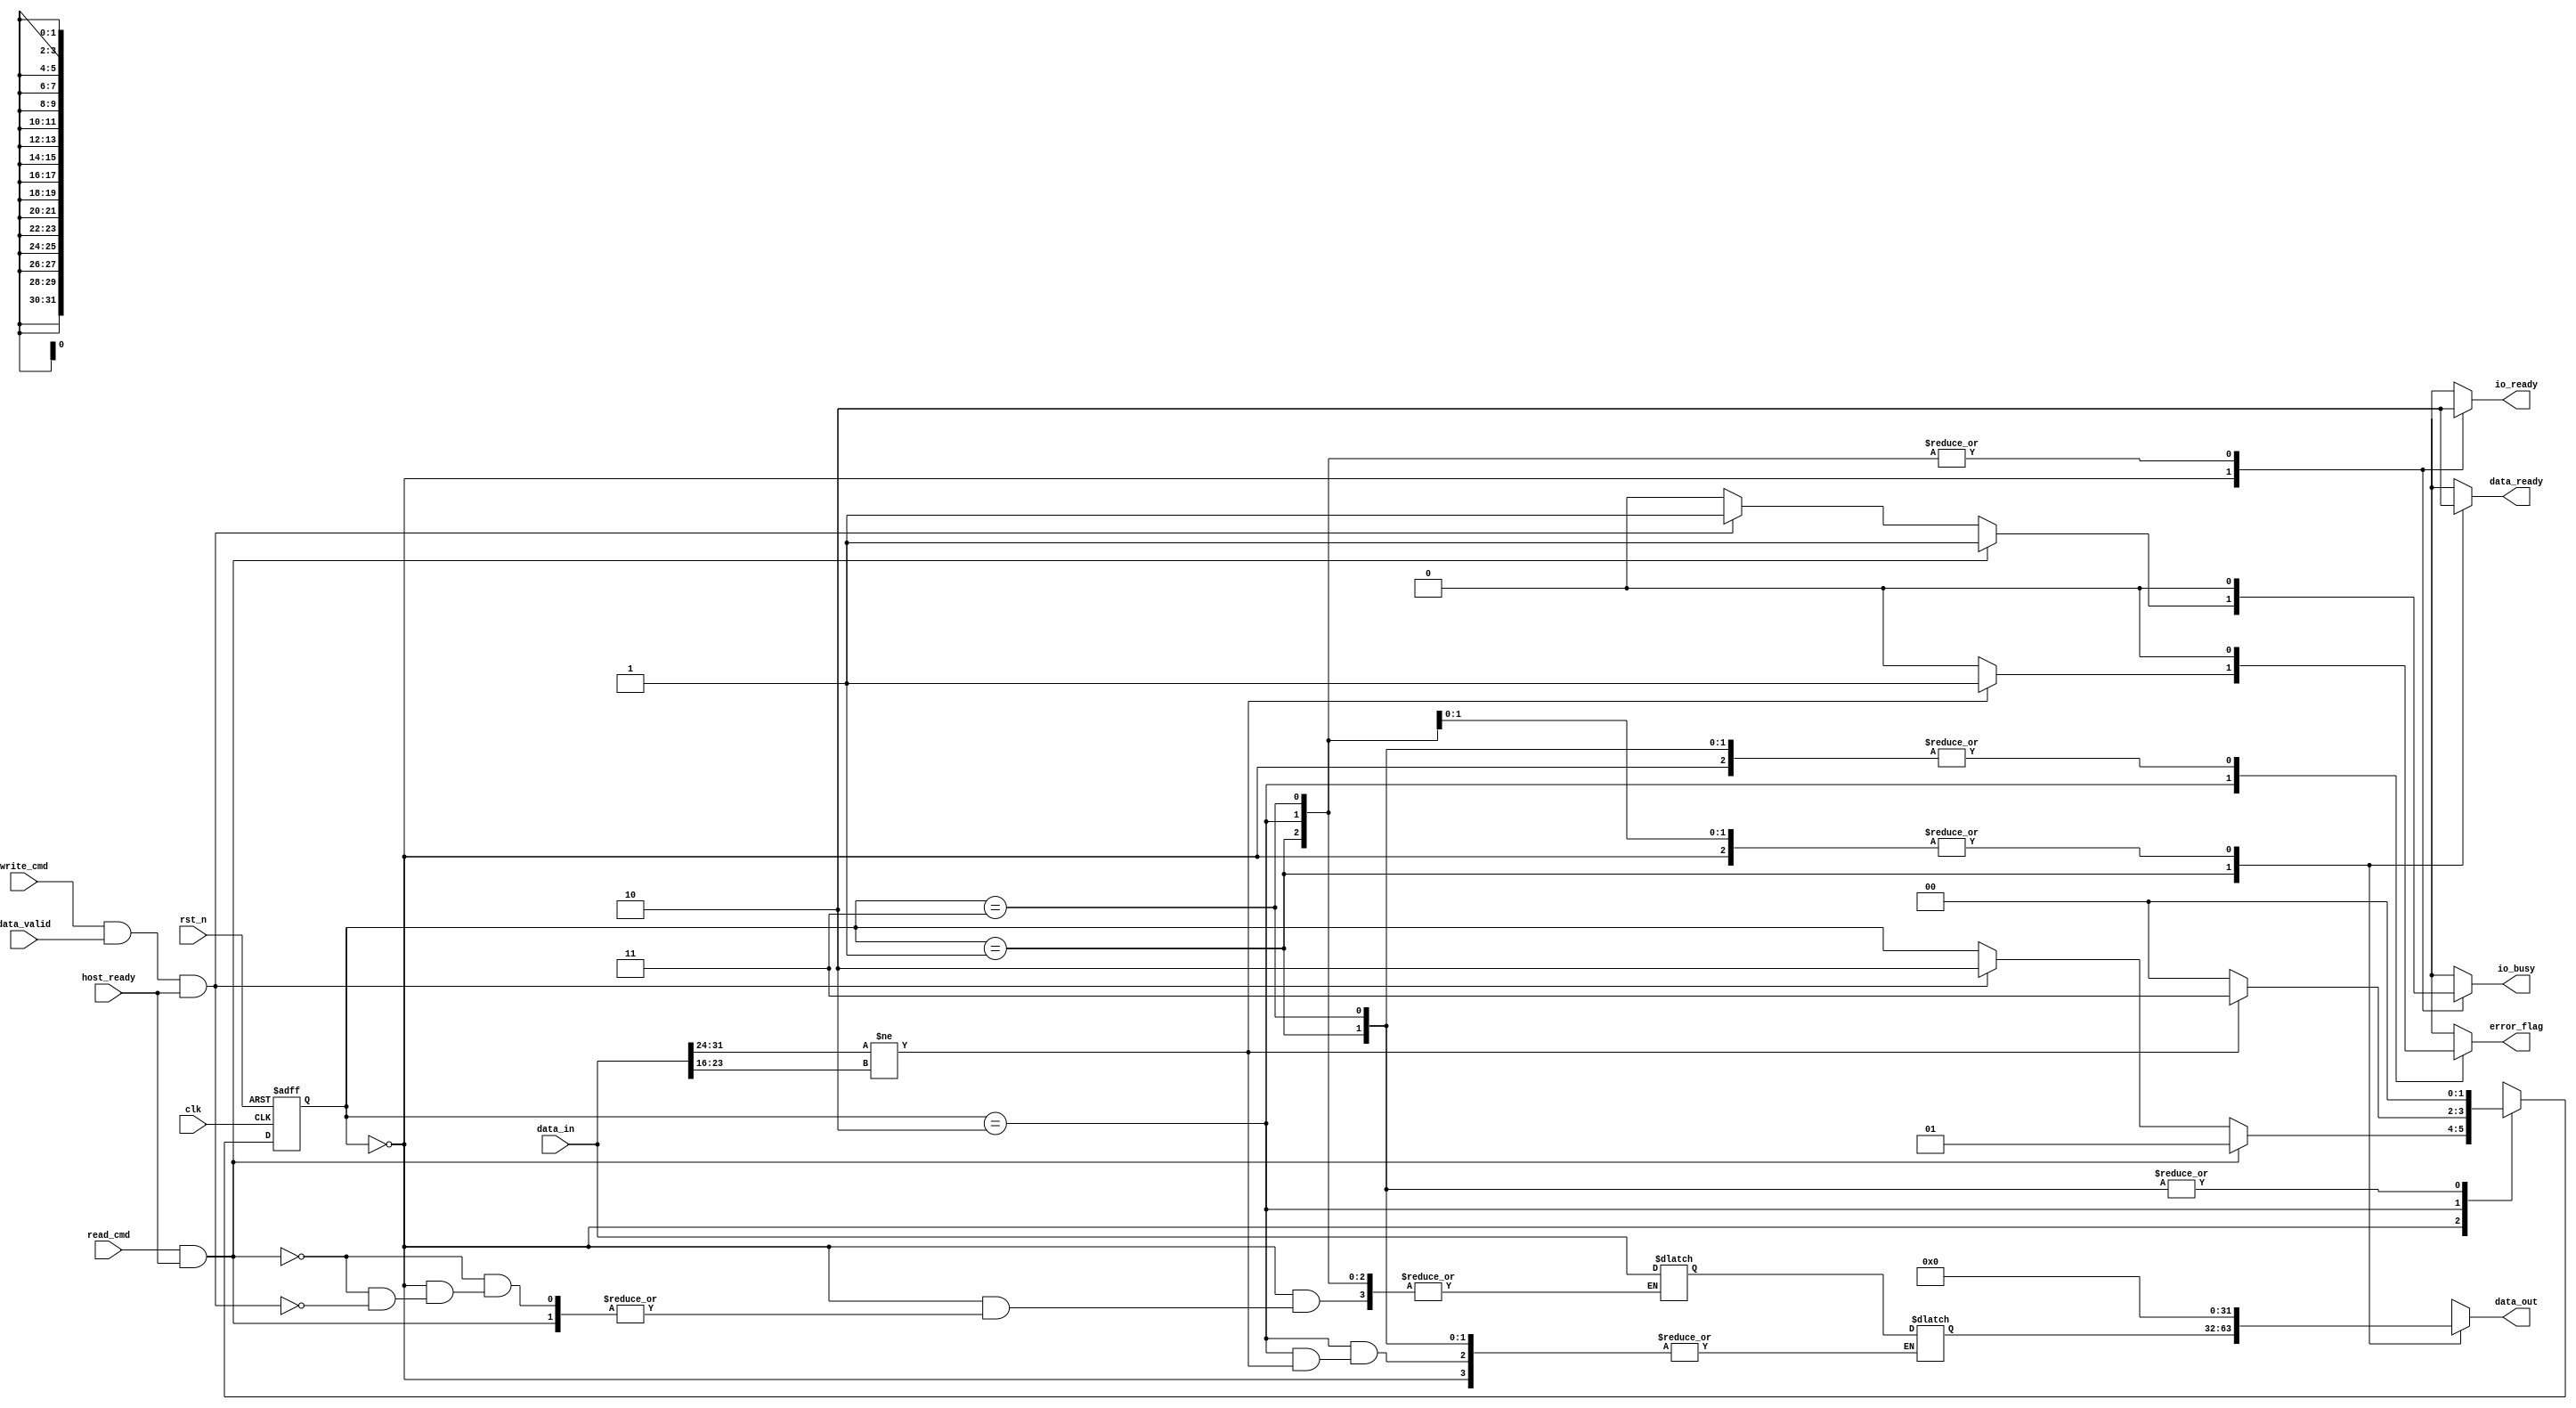
module SSD_IO_Block (
    input wire clk,
    input wire rst_n,
    // Data input signals
    input wire [31:0] data_in,
    input wire read_cmd,
    input wire write_cmd,
    input wire data_valid,
    
    // Data output signals
    output reg [31:0] data_out,
    output reg data_ready,
    output reg error_flag,
    
    // Handshake signals
    input wire host_ready,
    output reg io_ready,
    output reg io_busy
);

// Parameters
localparam IDLE = 2'b00;
localparam READ = 2'b01;
localparam WRITE = 2'b10;
localparam ERROR = 2'b11;

// State machine variables
reg [1:0] state;
reg [1:0] next_state;

// Input buffer
reg [31:0] input_buffer;
reg input_valid;

// Output buffer
reg [31:0] output_buffer;

// Error detection flag (for this example, we assume simple error checking)
wire crc_error = (data_in[31:24] != data_in[23:16]); // Example condition for illustration

// State transition logic
always @(posedge clk or negedge rst_n) begin
    if (!rst_n) begin
        state <= IDLE;
    end else begin
        state <= next_state;
    end
end

// Next state logic and output generation
always @(*) begin
    // Default values
    next_state = state;
    data_out = 32'b0;
    data_ready = 0;
    error_flag = 0;
    io_ready = 0;
    io_busy = 0;

    case (state)
        IDLE: begin
            io_ready = 1;
            if (read_cmd && host_ready) begin
                next_state = READ;
                io_busy = 1;
            end else if (write_cmd && data_valid && host_ready) begin
                next_state = WRITE;
                io_busy = 1;
                input_buffer = data_in; // Store incoming data
            end
        end

        READ: begin
            if (!io_busy) begin
                data_out = output_buffer; // Output data
                data_ready = 1; // Indicate data is ready for the host
                next_state = IDLE; // Go back to idle
            end
        end

        WRITE: begin
            if (!crc_error) begin
                // Assume successful data write to internal buffer
                output_buffer = input_buffer; // Example for writing data to output buffer
                next_state = IDLE; // Return to idle state
            end else begin
                error_flag = 1; // Set error flag on CRC error
                next_state = ERROR; // Transition to error state
            end
        end

        ERROR: begin
            // Handle error (reset or similar)
            next_state = IDLE; // Reset to idle for this example
        end

        default: next_state = IDLE;
    endcase
end

endmodule